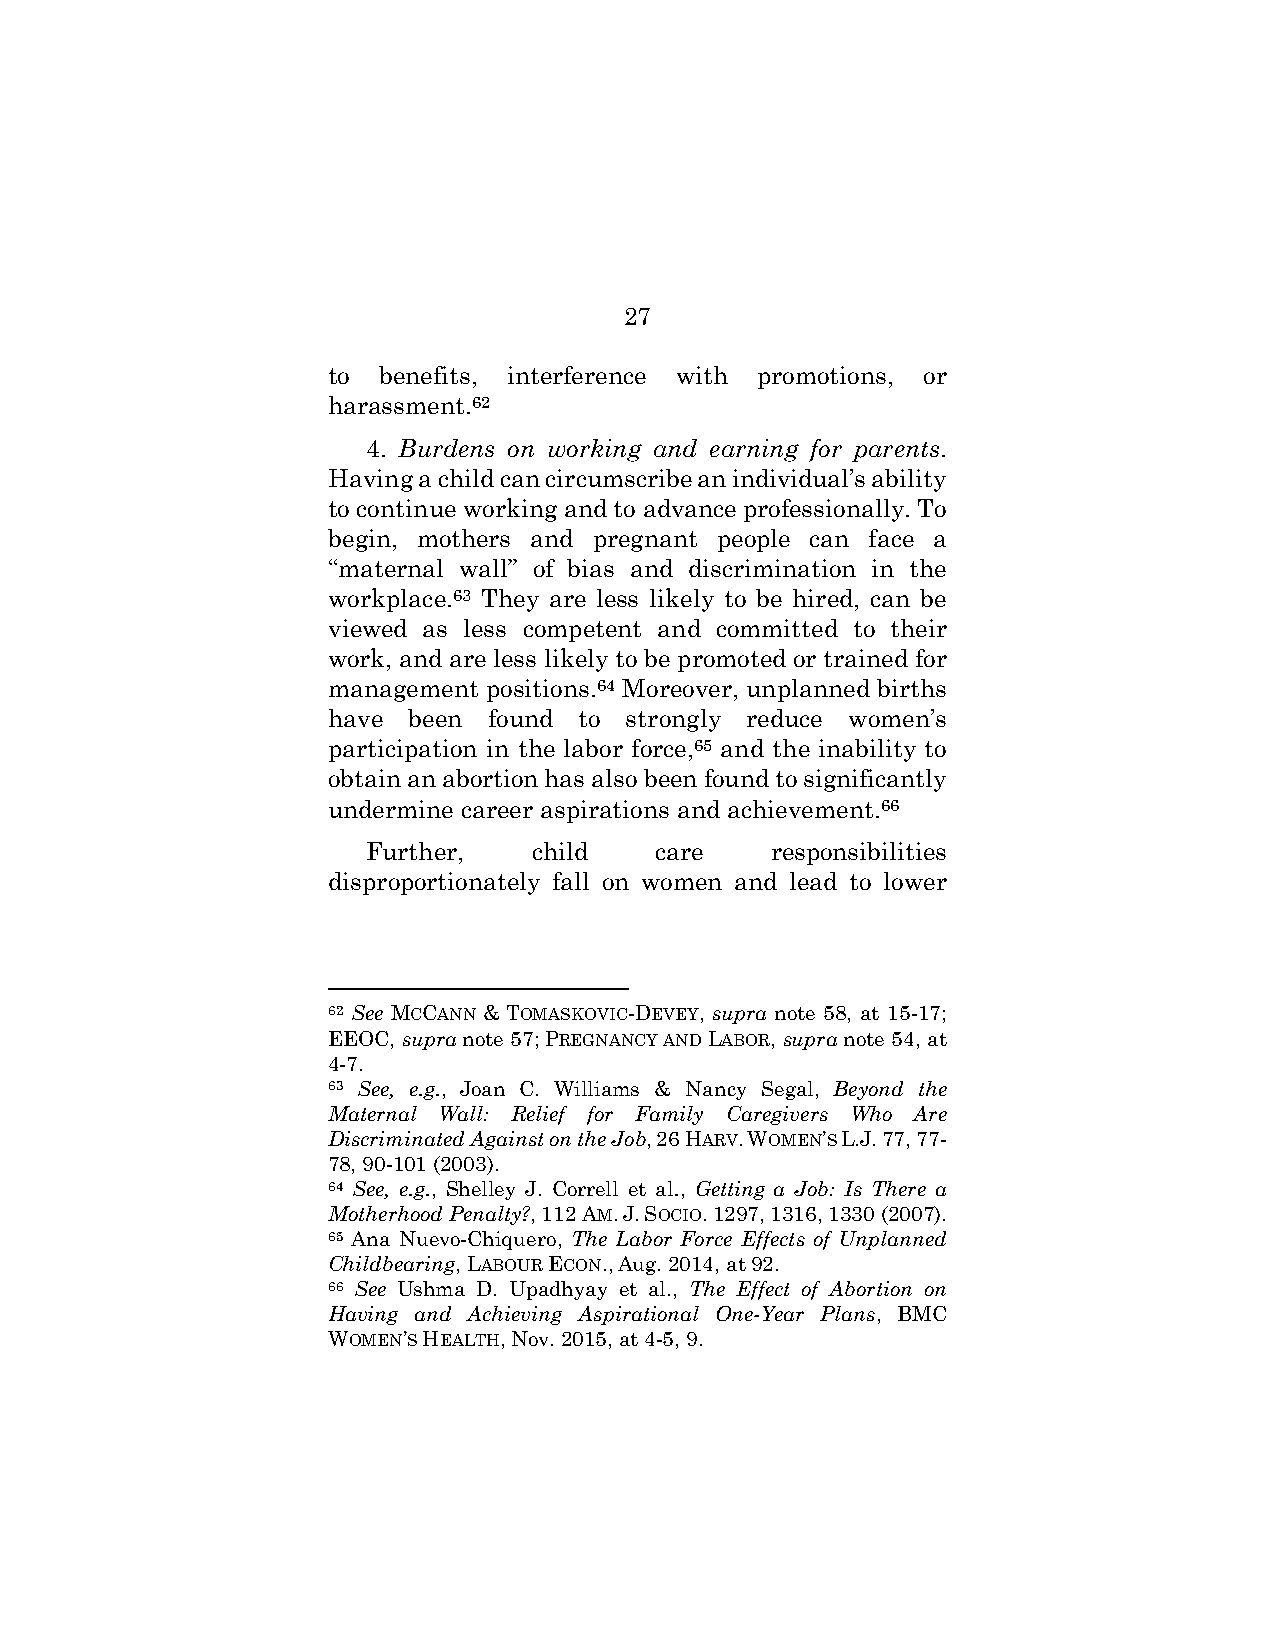
27
 to benefits, interference with promotions, or
 harassment.62
 4. Burdens on working and earning for parents.
 Having a child can circumscribe an individual’s ability
 to continue working and to advance professionally. To
 begin, mothers and pregnant people can face a
 “maternal wall” of bias and discrimination in the
 workplace.63 They are less likely to be hired, can be
 viewed as less competent and committed to their
 work, and are less likely to be promoted or trained for
 management positions.64 Moreover, unplanned births
 have been found to strongly reduce women’s
 participation in the labor force,65 and the inability to
 obtain an abortion has also been found to significantly
 undermine career aspirations and achievement.66
 Further,   child   care    responsibilities
 disproportionately fall on women and lead to lower
 62 See MCCANN & TOMASKOVIC-DEVEY, supra note 58, at 15-17;
 EEOC, supra note 57; PREGNANCY AND LABOR, supra note 54, at
 4-7.
 63 See, e.g., Joan C. Williams & Nancy Segal, Beyond the
 Maternal Wall: Relief for Family Caregivers Who Are
 Discriminated Against on the Job, 26 HARV. WOMEN’S L.J. 77, 77-
 78, 90-101 (2003).
 64 See, e.g., Shelley J. Correll et al., Getting a Job: Is There a
 Motherhood Penalty?, 112 AM. J. SOCIO. 1297, 1316, 1330 (2007).
 65 Ana Nuevo-Chiquero, The Labor Force Effects of Unplanned
 Childbearing, LABOUR ECON., Aug. 2014, at 92.
 66 See Ushma D. Upadhyay et al., The Effect of Abortion on
 Having and Achieving Aspirational One-Year Plans, BMC
 WOMEN’S HEALTH, Nov. 2015, at 4-5, 9.